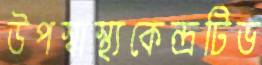
উপস্বাস্থ্যকেন্দ্রটিভ